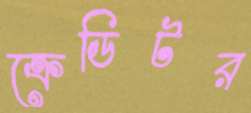
ক্রেডিটর